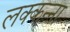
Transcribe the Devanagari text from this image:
लक्कन्ना